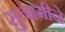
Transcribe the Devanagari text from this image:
सुनामीने